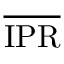
\overline { { \mathrm { I P R } } }